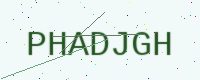
Text: PHADJGH